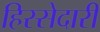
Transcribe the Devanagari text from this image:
हिस्‍सेदारी